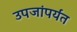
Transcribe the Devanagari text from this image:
उपजांपर्यंत